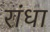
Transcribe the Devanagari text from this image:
रांधा